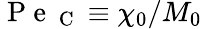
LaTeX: \mathrm{~P~e~}_{\mathrm{~C~}}\equiv\chi_{0}/M_{0}